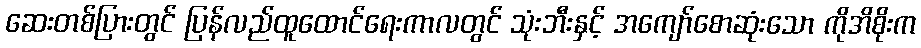
ဆေးတစ်ပြားတွင် ပြန်လည်ထူထောင်ရေးကာလတွင် သုံးဘီးနှင့် အကျော်စောဆုံးသော ကိုအိစိုးက